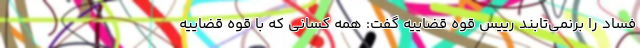
فساد را برنمی‌تابند رییس قوه قضاییه گفت: همه کسانی که با قوه قضاییه